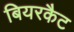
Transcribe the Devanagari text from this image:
बियरकैट